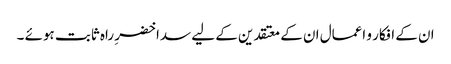
ان کے افکار و اعمال ان کے معتقدین کے لیے سدا خضرِ راہ ثابت ہوئے ۔